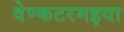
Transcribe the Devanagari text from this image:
वेण्कटरमइया